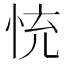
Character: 㤝